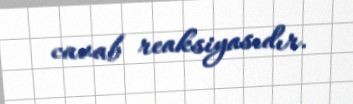
cavab reaksiyasıdır.